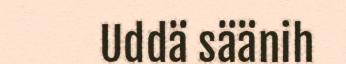
Uddä säänih